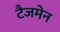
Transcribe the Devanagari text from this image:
टैजमेन